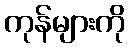
ကုန်များကို